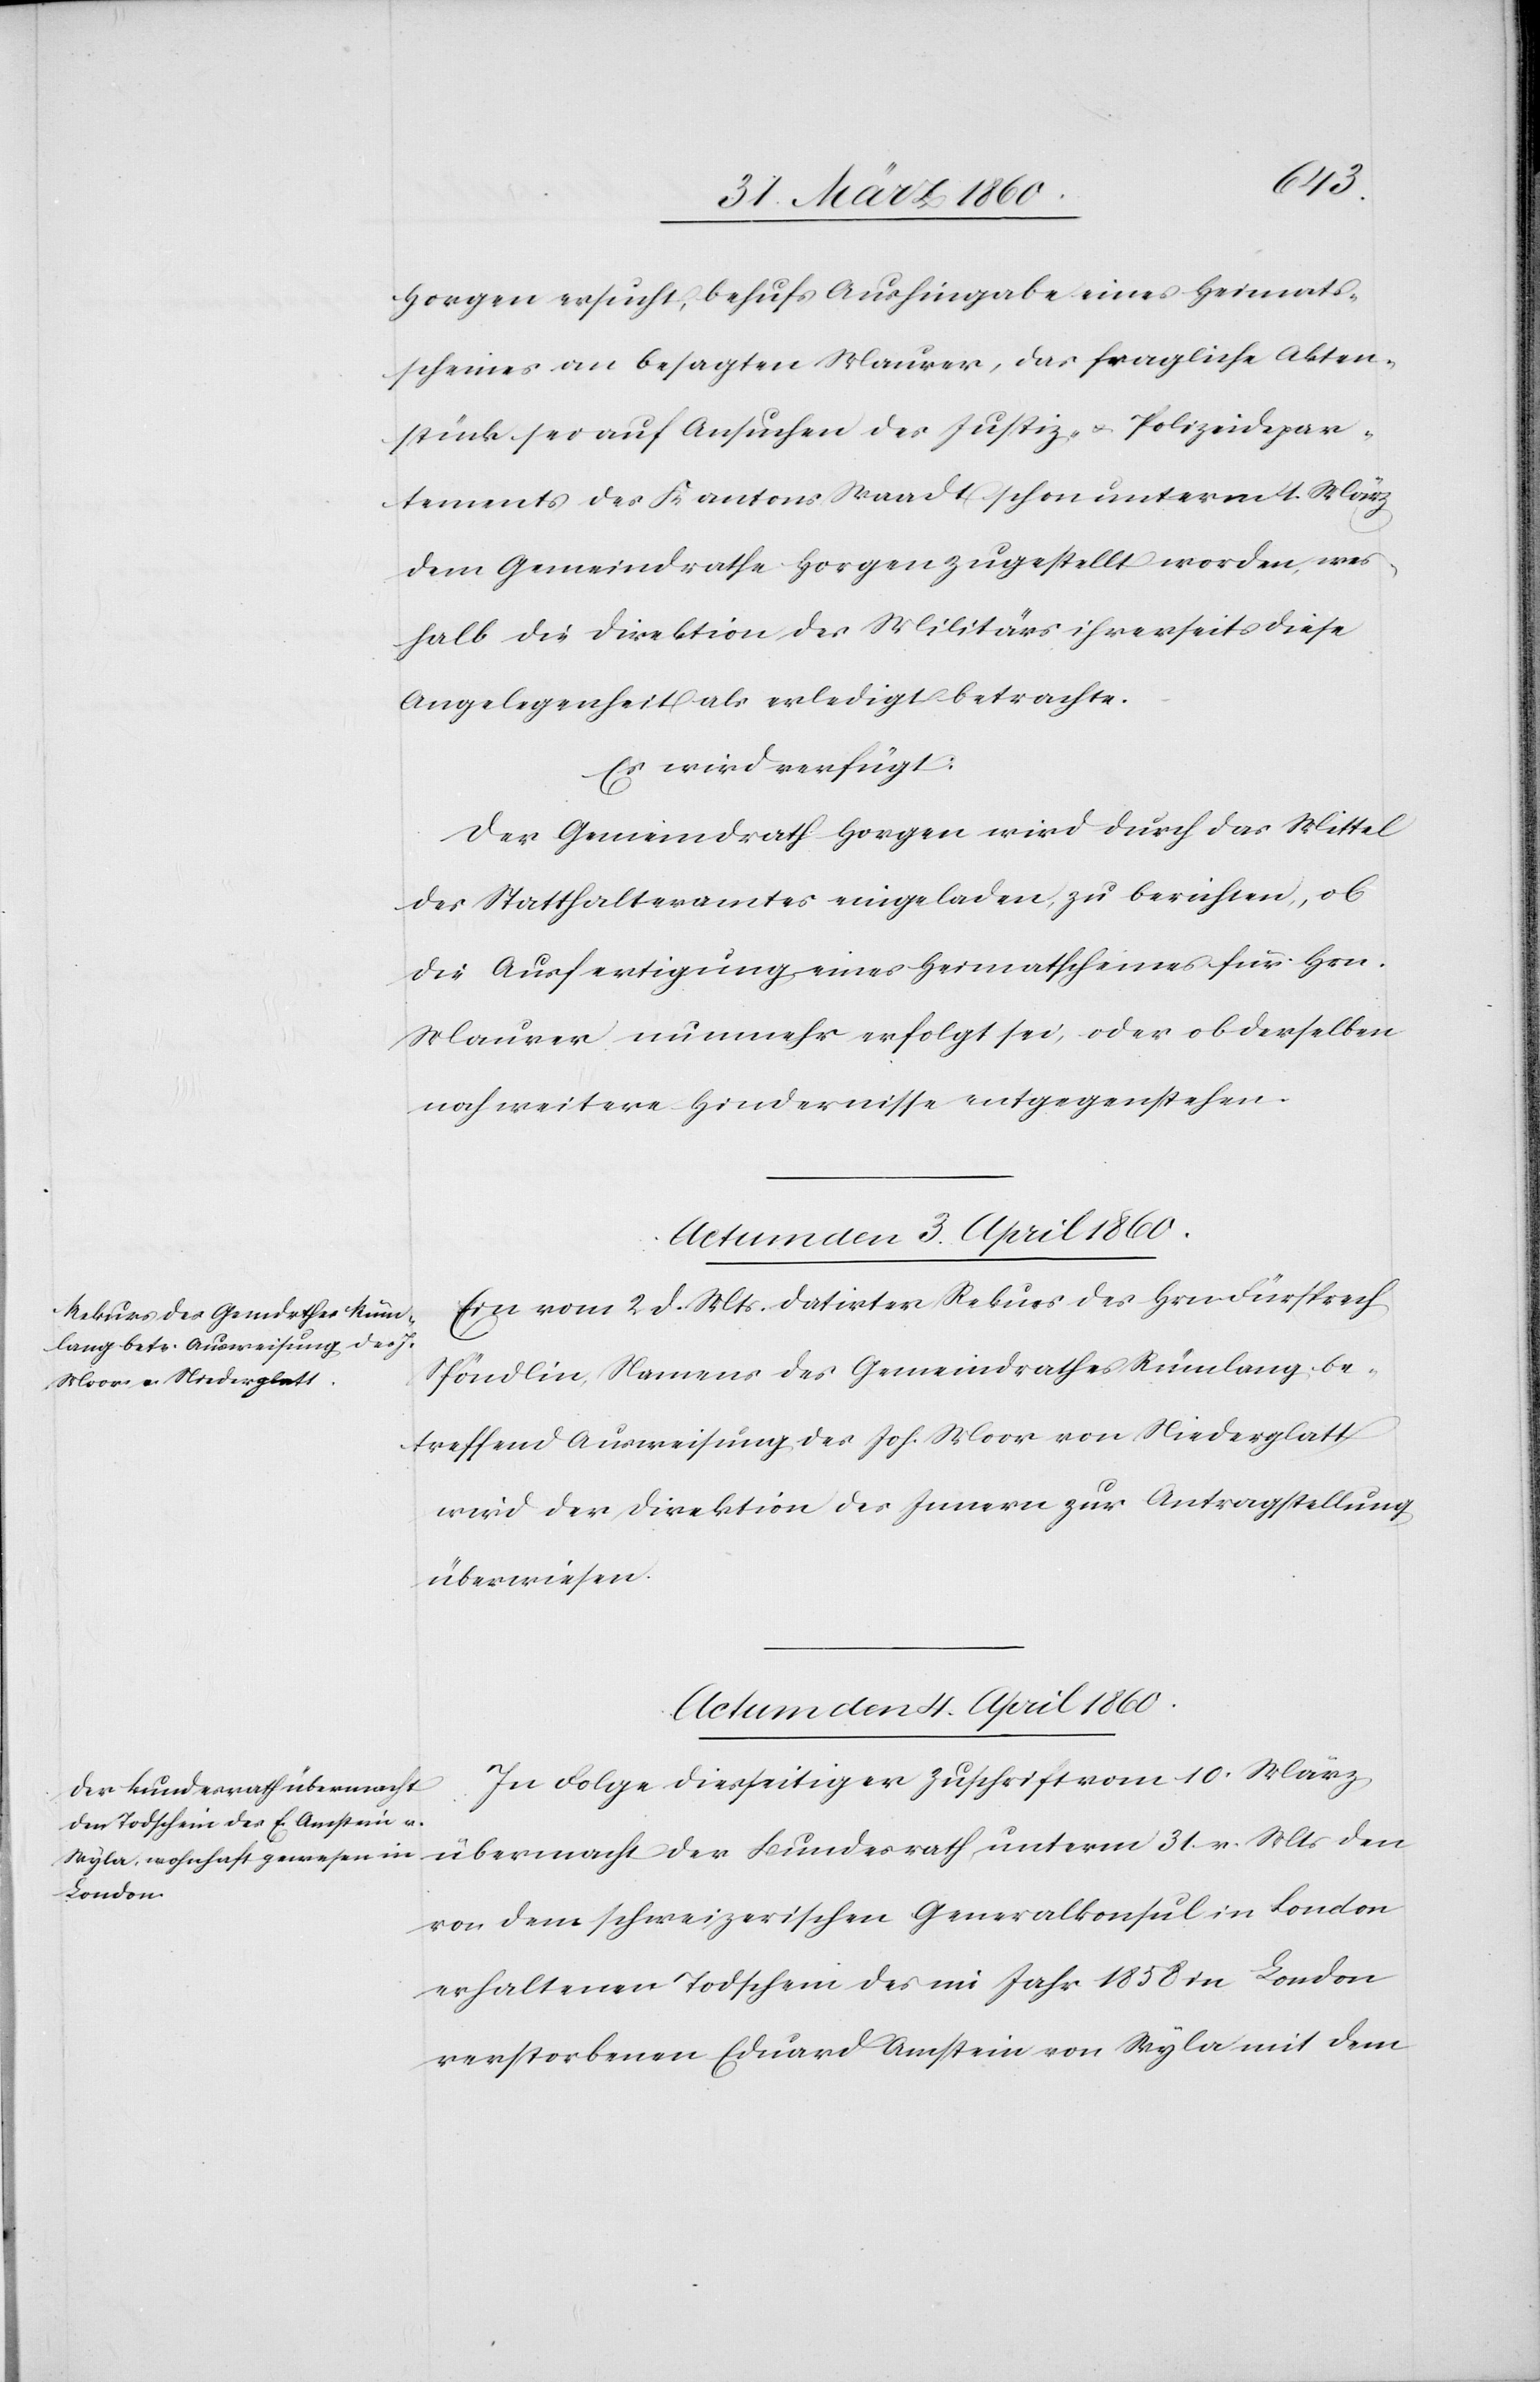
Horgen ersucht, behufs Aushingabe eines Heimat¬
scheines an besagten Maurer, das fragliche Akten¬
stück sei auf Ansuchen des Justiz- u. Polizeidepar¬
tements des Kantons Waadt schon unterm 1. März
dem Gemeindrathe Horgen zugestellt worden, wes¬
halb die Direktion des Militärs ihrerseits diese
Angelegenheit als erledigt betrachte.
Es wird verfügt:
Der Gemeindrath Horgen wird durch das Mittel
des Statthalteramtes eingeladen, zu berichten, ob
die Ausfertigung eines Heimatscheines für Hrn.
Maurer nunmehr erfolgt sei, oder ob derselben
noch weitere Hindernisse entgegenstehen.
Actum den 4. April 1860.
Ein vom 2. d. Mts. datirter Rekurs des Hrn. Fürsprech
Spöndlin, Namens des Gemeindrathes Rümlang be¬
treffend Ausweisung des Joh. Moor von Niederglatt
wird der Direktion des Innern zur Antragstellung
überwiesen.
In Folge diesseitiger Zuschrift vom 10. März
übermacht der Bundesrath unterm 31. v. Mts. den
von dem schweizerischen Generalkonsul in London
erhaltenen Todschein des im Jahr 1858 in London
verstorbenen Eduard Amstein von Wyla mit dem